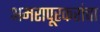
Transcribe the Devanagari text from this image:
अमरापूरकरांचा